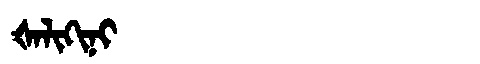
Manchu: ᡧᠠᠯᡳᡴᡳᠨᡳ
Romanization: ŠALIKINI